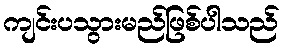
ကျင်းပသွားမည်ဖြစ်ပါသည်